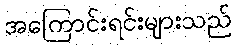
အကြောင်းရင်းများသည်